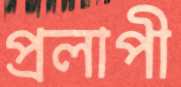
প্রলাপী